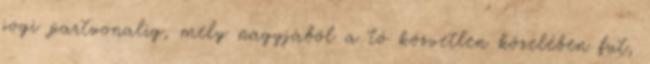
jogi partvonalig, mely nagyjából a tó közvetlen közelében fut,